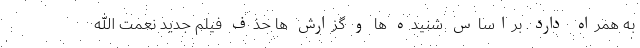
به همراه دارد. براساس شنیده ها و گزارش ها حذف فیلم جدید نعمت الله